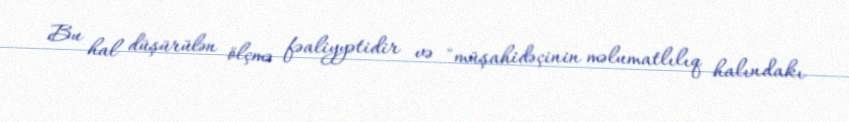
Bu hal düşürülən ölçmə fəaliyyətidir və "müşahidəçinin məlumatlılıq halındakı